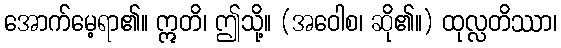
အောက်မေ့ရာ၏။ ဣတိ၊ ဤသို့။ (အဝေါစ၊ ဆို၏။) ထုလ္လတိဿာ၊